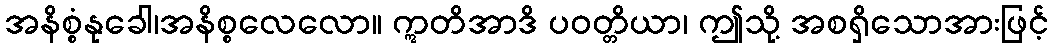
အနိစ္စံနုခေါ၊အနိစ္စလေလော။ ဣတိအာဒိ ပဝတ္တိယာ၊ ဤသို့ အစရှိသောအားဖြင့်